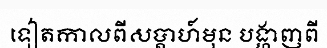
ទៀតកាលពីសប្តាហ៍មុន បង្ហាញពី